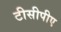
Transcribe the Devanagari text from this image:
टीसीपीए